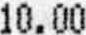
10.00